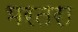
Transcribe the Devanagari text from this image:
भरतरा